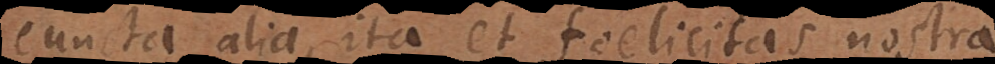
cuncta, ita et felicitas nostra